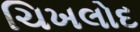
ચિખલોદ